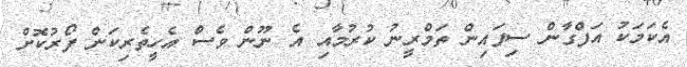
އެކަމަކު އަފްގާން ސިފައިން ތަމްރީނު ކުރުމާއި އެ ނޫން ވެސް އެހީތެރިކަން ފޯރުކޮށް